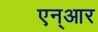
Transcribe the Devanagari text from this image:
एन्‌आर